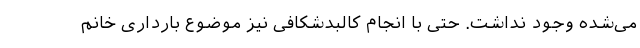
می‌شده وجود نداشت. حتی با انجام کالبدشکافی نیز موضوع بارداری خانم